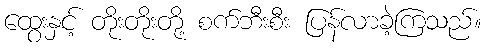
ထွေးနှင့် တိုးတိုးတို့ စက်ဘီးစီး ပြန်လာခဲ့ကြသည်။